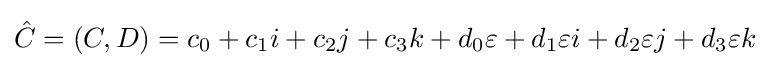
{\hat {C}}=(C,D)=c_{0}+c_{1}i+c_{2}j+c_{3}k+d_{0}\varepsilon +d_{1}\varepsilon i+d_{2}\varepsilon j+d_{3}\varepsilon k